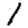
Digit: 1